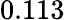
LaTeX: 0.113